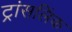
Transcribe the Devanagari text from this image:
ट्रांसलिंक